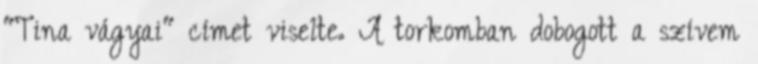
"Tina vágyai" címet viselte. A torkomban dobogott a szívem